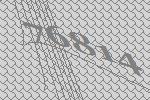
76814